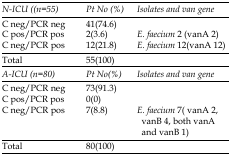
<table><thead><tr><td><b><i>N-ICU ((n=55)</i></b></td><td><b><i>Pt No (%)</i></b></td><td><b><i>Isolates and van gene</i></b></td></tr></thead><tbody><tr><td>C neg/PCR neg</td><td>41(74.6)</td><td></td></tr><tr><td>C pos/PCR pos</td><td>2(3.6)</td><td><i>E. faecium</i> 2 (<i>vanA</i> 2)</td></tr><tr><td>C neg/PCR pos</td><td>12(21.8)</td><td><i>E.faecium</i> 12(<i>vanA</i> 12)</td></tr><tr><td>Total</td><td>55(100)</td><td></td></tr><tr><td>A-ICU (n=80)</td><td>Pt No(%)</td><td>Isolates and <i>van </i>gene</td></tr><tr><td>C neg/PCR neg</td><td>73(91.3)</td><td></td></tr><tr><td>C pos/PCR pos</td><td>0(0)</td><td></td></tr><tr><td>C neg/PCR pos</td><td>7(8.8)</td><td><i>E.faecium</i> 7( <i>vanA</i> 2, <i>vanB</i> 4, both <i>vanA </i>and <i>vanB </i>1)</td></tr></tbody></table>